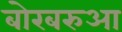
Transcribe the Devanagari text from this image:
बोरबरुआ